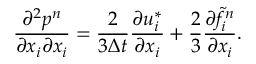
\frac { \partial ^ { 2 } p ^ { n } } { \partial x _ { i } \partial x _ { i } } = \frac { 2 } { 3 \Delta t } \frac { \partial u _ { i } ^ { * } } { \partial x _ { i } } + \frac { 2 } { 3 } \frac { \partial \tilde { f } _ { i } ^ { n } } { \partial x _ { i } } .